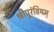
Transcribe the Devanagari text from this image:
श्रीपुरंवियम्